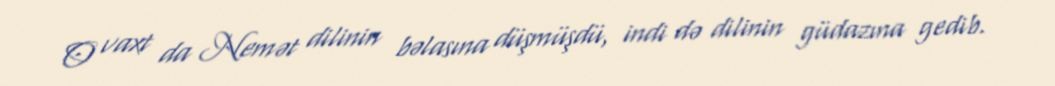
O vaxt da Nemət dilinin bəlasına düşmüşdü, indi də dilinin güdazına gedib.